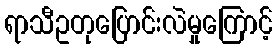
ရာသီဥတုပြောင်းလဲမှုကြောင့်